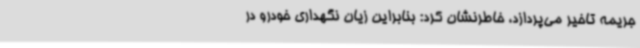
جریمه تاخیر می‌پردازد، خاطرنشان کرد: بنابراین زیان نگهداری خودرو در